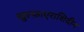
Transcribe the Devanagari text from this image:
खुल्फ़ाएराशिदीन